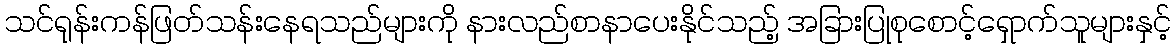
သင်ရုန်းကန်ဖြတ်သန်းနေရသည်များကို နားလည်စာနာပေးနိုင်သည့် အခြားပြုစုစောင့်ရှောက်သူများနှင့်